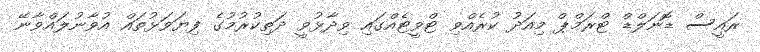
ރައީސް ޑޮނަލްޑް ޓްރަމްޕް މިއަދު ކުރެއްވި ޓްވީޓެއްގައި ވިދާޅުވީ ދަތިކުރުމުގެ ފިޔަވަޅުތައް އުވާނުލައްވާނޭ